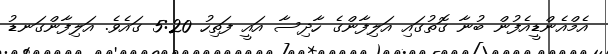
އެމްއެންޑީއެފުން ބުނާ ގޮތުގައި އަލިފާންގެ ހާދިސާ އައީ ފަތިހު 5:20 ގައެވެ. އަލިފާންގަނޑު